Report on vaccination North-West Frontier Province 1904-1922 - 1904-1922
Year: 1904
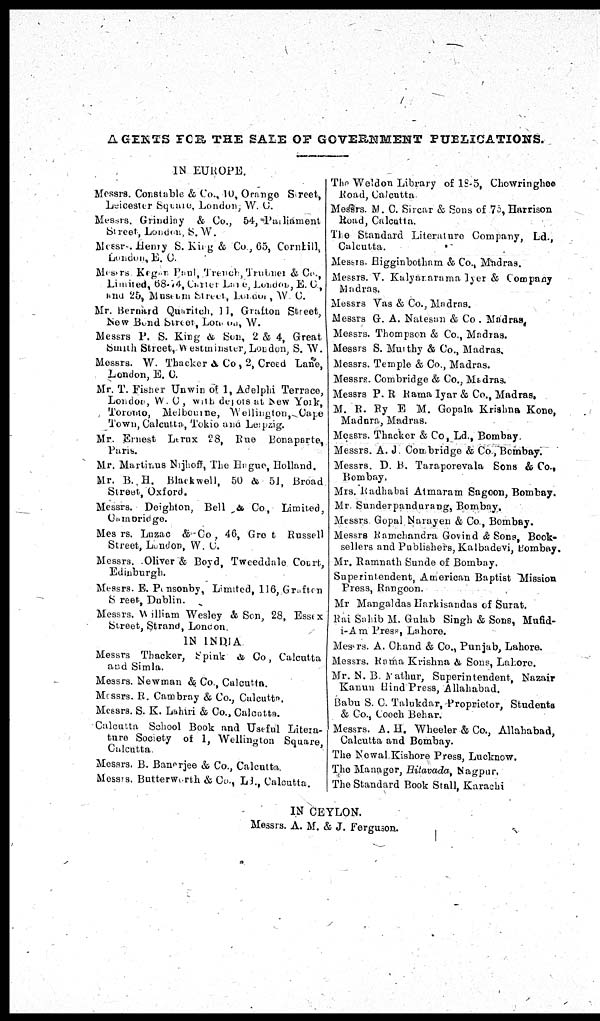
AGENTS FOR THE SALE OF GOVERNMENT PUBLICATIONS.
IN EUROPE.
Messrs. Constable & Co., 10, Orange Street,
Leicester Square, London, W. C.
Messrs. Grindlay & Co., 54, Parliament
Street, London, S. W.
Messrs. Henry S. King& Co., 65, Cornhill,
London, E. C.
Messrs. Kegan Paul, Trench, Trubner & Co.,
Limited,68-74, Carter Lane, London, E. C.,
and 25, Museum Street, London, W. C.
Mr. Bernard Quaritch, 11, Grafton Street,
New Bond Street, London, W.
Messrs. P. S. King & Son, 2 & 4, Great
Smith Street, Westminster, London, S. W.
Messrs. W. Thacker & Co., 2, Creed Lane,
London, E. C.
Mr. T. Fisher Unwin of 1, Adelphi Terrace,
London, W. C., with depots at New York,
Toronto, Melbourne, Wellington, Cape
Town, Calcutta, Tokio and Leipzig.
Mr. Ernest Lerux 28, Rue Bonaparte,
Paris.
Mr. Martinus Nijhoff, The Hague, Holland.
Mr. B. H. Blackwell, 50 & 51, Broad
Street, Oxford.
Messrs. Deighton, Bell & Co., Limited,
Cambridge.
Messrs. Luzac & Co., 46, Gro t Russell
Street, London, W. C.
Messrs. Oliver & Boyd, Tweeddale Court,
Edinburgh.
Messrs. E. Ponsonby, Limited, 116, Grafton
Street, Dublin.
Messrs. William Wesley & Son, 28, Essex
Street, Strand, London.
IN INDIA
Messrs. Thacker, Spink & Co., Calcutta
and Simla.
Messrs. Newman & Co., Calcutta.
Messrs. R. Cambray & Co., Calcutta.
Messrs. S. K. Lahiri & Co., Calcutta.
Calcutta School Book and Useful Litera-
ture Society of 1, Wellington Square,
Calcutta.
Messrs. B. Banerjee & Co., Calcutta.
Messrs. Butterworth & Co., Ld., Calcutta.
The weidon Library of 18-5, Chowringhee
Road, Calcutta.
Messrs. M. C. Sircar & Sons of 75, Harrison
Road, Calcutta.
The Standard Literature Company, Ld.,
Calcutta.
Messrs. Higginbotham & Co., Madras.
Messrs. V. Kalyanarama Iyer & Company
Madras.
Messrs. Vas & Co., Madras.
Messrs. G. A. Natesan & Co. Madras,
Messrs. Thompson & Co., Madras.
Messrs. S. Murthy & Co., Madras.
Messrs. Temple & Co., Madras.
Messrs. Combridge & Co., Madras.
Messrs. P. R. Rama Iyar & Co., Madras.
M. R. Ry E. M. Gopala Krishna Kone,
Madura, Madras.
Messrs. Thacker & Co, Ld., Bombay.
Messrs. A. J. Combridge & Co., Bombay.
Messrs. D. B. Taraporevala Sons & Co.,
Bombay.
Mrs. Radhabai Atmaram Sagoon, Bombay.
Mr. Sunderpandurang, Bombay,
Messrs. Gopal Narayen & Co., Bombay.
Messrs. Ramchandra Govind & Sons, Book¬
sellers and Publishers, Kalbadevi, Bombay.
Mr. Ramnath Sunde of Bombay.
Superintendent, American Baptist Mission
Press, Rangoon.
Mr. Mangaldas Harkisandas of Surat.
Rai Sahib M. Gulab Singh & Sons, Mufid-
i-Am Press, Lahore.
Messrs. A. Chand & Co., Punjab, Lahore.
Messrs. Rama Krishna & Sons, Lahore.
Mr. N. B. Mathur, Superintendent, Nazair
Kanun Hind Press, Allahabad.
Babu S. C. Talukdar, Proprietor, Students
& Co., Cooch Behar.
Messrs. A. H. Wheeler & Co., Allahabad,
Calcutta and Bombay.
The Nowal Kishore Press, Lucknow.
The Manager, Hitavada, Nagpur,
The Standard Book Stall, Karachi
IN CEYLON.
Messrs. A. M. & J. Ferguson.